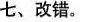
七、改错.